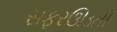
સફરઊડતી